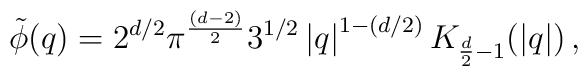
\tilde{\phi}(q)=2^{d/2} \pi^{\frac{(d-2)}{2}} 3^{1/2} \left|q\right|^{1-(d/2)}K_{\frac{d}{2}-1} (\left|q\right|) \, ,